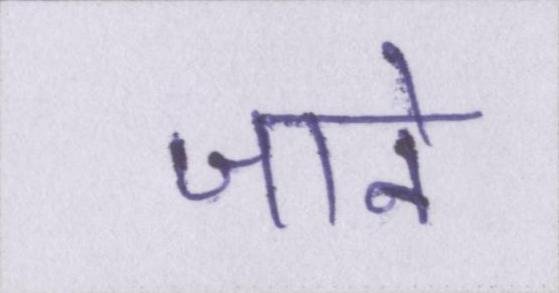
जाने